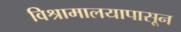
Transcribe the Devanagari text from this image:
विश्रामालयापासून